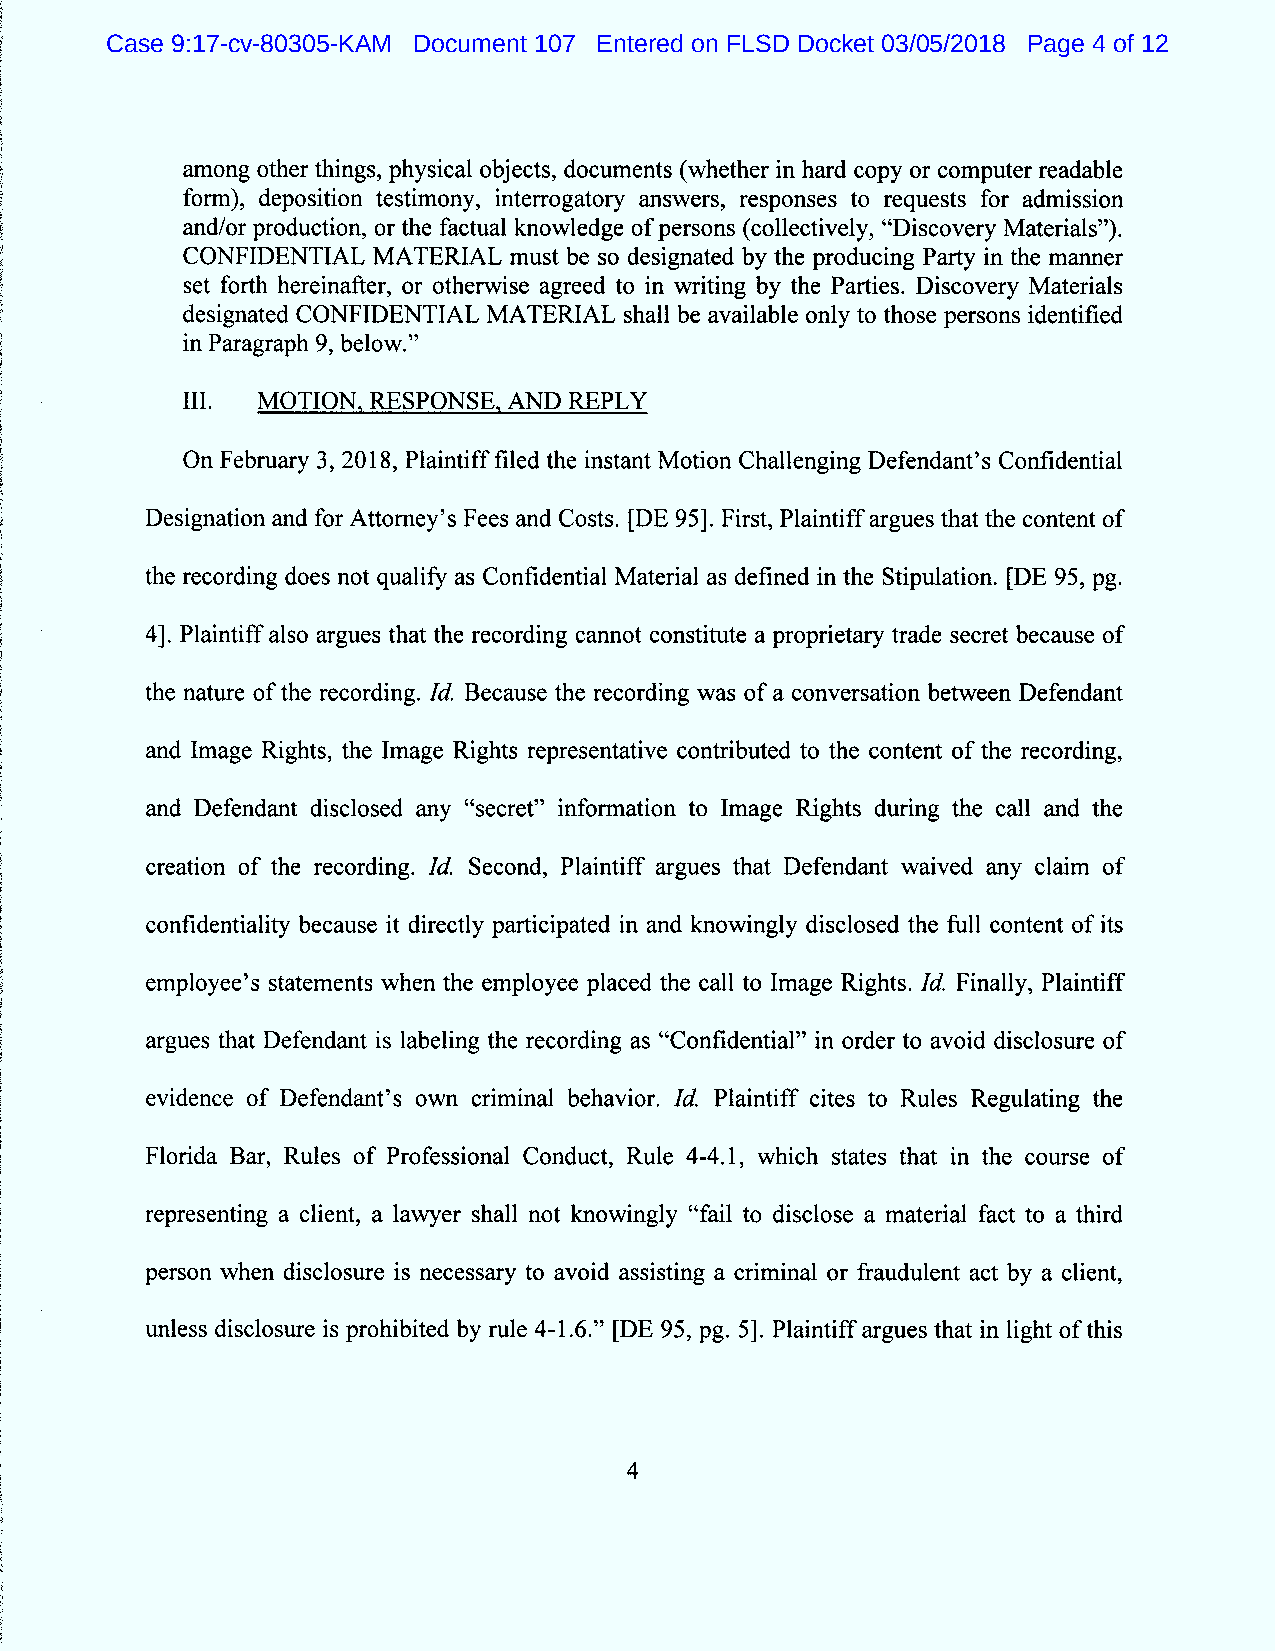
Case 9:17-cv-80305-KAM Document 107 Entered on FLSD Docket 03/05/2018 Page 4 of 12
 among other things, physical objects, documents (whether in hard copy or computer readable
 form), deposition testimony, intenogatory answers, responses to requests for admission
 and/or production, or the factual knowledge of persons (collectively, SçDiscovery Materials').
 CONFIDENTIAL M ATEIUAL must be so designated by the producing Party in the manner
 set forth hereinaher, or otherwise agreed to in m iting by the Parties. Discovery Materials
 designated CONFIDENTIAL MATERIAL shall be available only to those persons identified
 in Paragraph 9, below.''
 111. M OTION. RESPONSE. AND REPLY
 On Febnzary 3, 2018, Plaintiff filed the instant M otion Challenging Defendant's Confidential
 Designation and for Attomey's Fees and Costs. (DE 951. First, Plaintiff argues that the content of
 the recording does not qualify as Confidential Material as defined in the Stipulation. (DE 95, pg.
 4). Plaintiff also argues that the recording cannot constitute a proprietary trade secret because of
 the nature of the recording. Id Because the recording was of a conversation between Defendant
 and lmage Rights, the lmage Rights representative contributed to the content of the recording,
 and Defendant disclosed any ltsecret'' information to lmage Rights during the call and the
 creation of the recording. Id.Second, Plaintiff argues that Defendantwaived any claim of
 confidentiality because it directly participated in and knowingly disclosed the f'ull content of its
 employee's statements when the employee placed the call to lmage Rights. f#. Finally, Plaintiff
 argues that Defendant is labeling the recording as çsconfidential'' in order to avoid disclosure of
 evidence of Defendant's own criminal behavior.1d. Plaintiff cites to Rules Regulating the
 Florida Bar, Rules of Professional Conduct, Rule 4-4.1, which states that in the course of
 representing a client,a lawyer shall not knowingly Stfail to disclose a material fact to a third
 person when disclosure is necessary to avoid assisting a criminal or fraudulent act by a client,
 tmless disclosure is prohibited by nzle 4-1.6.5' (DE 95, pg. 5). Plaintiff argues that in light of this
 4